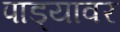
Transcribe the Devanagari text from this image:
पाड्यावर